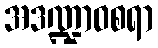
အဒဏ္ဍာဝစရာ